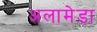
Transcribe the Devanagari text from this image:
अलामेडा